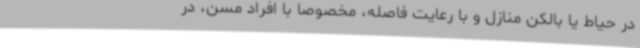
در حیاط یا بالکن منازل و با رعایت فاصله، مخصوصا با افراد مسن، در